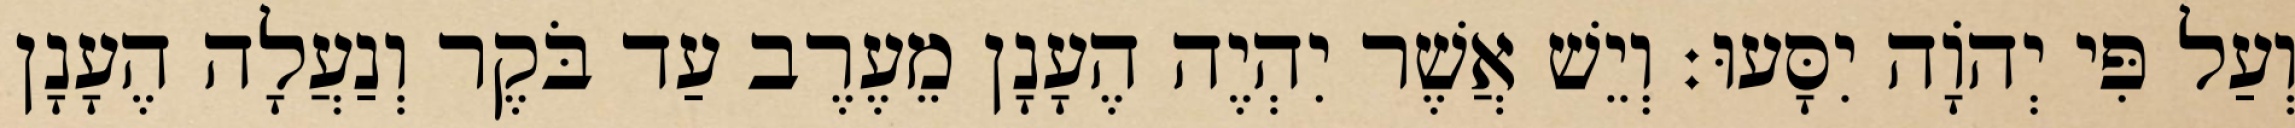
וְעַל פִּי יְהוָֹה יִסָּעוּ׃ וְיֵשׁ אֲשֶׁר יִהְיֶה הֶעָנָן מֵעֶרֶב עַד בֹּקֶר וְנַעֲלָה הֶעָנָן